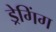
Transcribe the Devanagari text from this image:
ड्रेगिंग